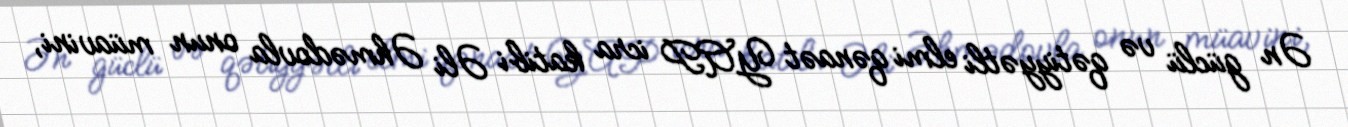
Ən güclü və qətiyyətli elmi qənaət YAP icra katibi Əli Əhmədovla onun müavini,